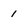
Character: 1